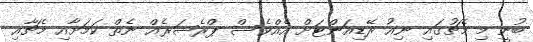
ބުނީ މި މެޗުގައި ނިއު ރޭޑިއަންޓަށް އެއްވެސް ޕްރެޝަރެއް ނެތް ކަމަށާއި މެޗާއި